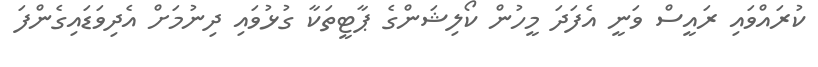
ކުރައްވައި ރައީސް ވަނީ އެފަދަ މީހުން ކޯލިޝަންގެ ޕާޓީތަކާ ގުޅުވައި ދިނުމަށް އެދިވަޑައިގެންފަ